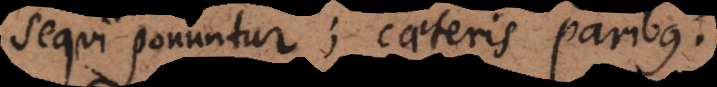
sequi ponuntur; caeteris paribus.